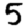
Digit: 5